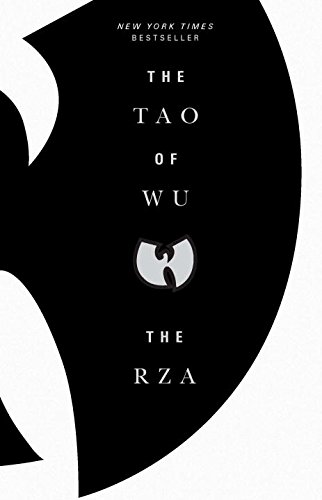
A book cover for The Tao of Wu; The RZA; Humor & Entertainment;